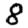
Digit: 8